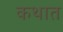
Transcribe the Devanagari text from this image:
कथात